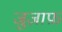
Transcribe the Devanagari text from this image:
जुज़ाफ़